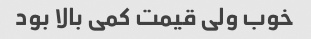
خوب ولی قیمت کمی بالا بود